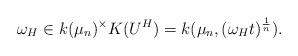
LaTeX: \begin{align*}\omega_H\in k(\mu_n)^{\times}K(U^{H})=k(\mu_n,(\omega_{H}t)^{\frac{1}{n}}).\end{align*}